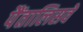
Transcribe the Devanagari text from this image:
पैंतालिसवें